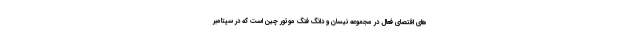
های اقتصای فعال در مجموعه نیسان و دانگ فنگ موتور چین است که در سپتامبر